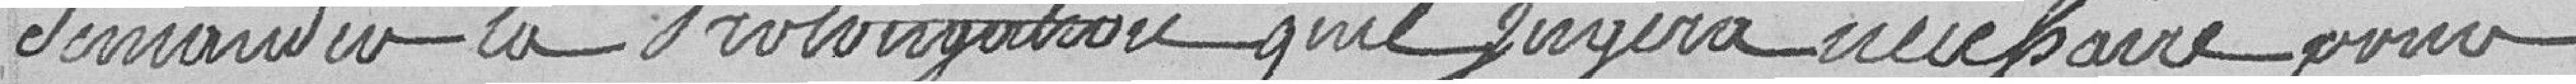
demander la prolongation qu'il jugera nécessaire pour